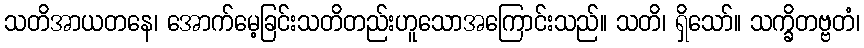
သတိအာယတနေ၊ အောက်မေ့ခြင်းသတိတည်းဟူသောအကြောင်းသည်။ သတိ၊ ရှိသော်။ သက္ခိတဗ္ဗတံ၊